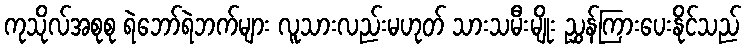
ကုသိုလ်အစုစု ရဲဘော်ရဲဘက်များ လူသားလည်းမဟုတ် သားသမီးမျိုး ညွှန်ကြားပေးနိုင်သည်